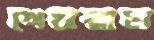
খেসরাত